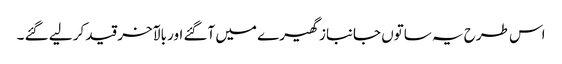
اس طرح یہ ساتوں جانباز گھیرے میں آگئے اور بالآخر قید کر لیے گئے ۔